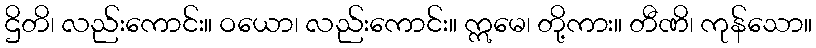
ဌိတိ၊ လည်းကောင်း။ ဝယော၊ လည်းကောင်း။ ဣမေ၊ တို့ကား။ တီဏိ၊ ကုန်သော။